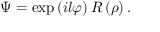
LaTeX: \Psi = \exp \left( i l \varphi \right) R \left( \rho \right) .